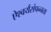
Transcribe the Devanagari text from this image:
ऐश्वर्यसंपन्नता